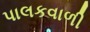
પાલકવાળી